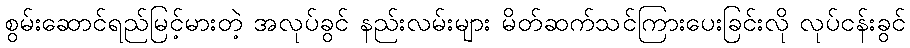
စွမ်းဆောင်ရည်မြင့်မားတဲ့ အလုပ်ခွင် နည်းလမ်းများ မိတ်ဆက်သင်ကြားပေးခြင်းလို လုပ်ငန်းခွင်